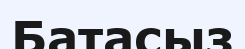
Батасыз